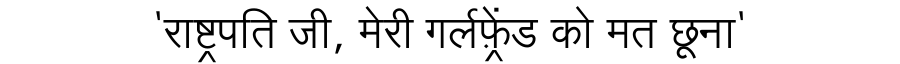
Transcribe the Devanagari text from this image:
'राष्ट्रपति जी, मेरी गर्लफ़्रेंड को मत छूना'